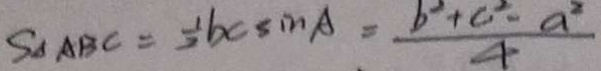
S _ { \Delta A B C } = \frac { 1 } { 3 } b c \sin A = \frac { b ^ { 2 } + c ^ { 2 } - a ^ { 2 } } { 4 }